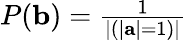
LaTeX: \begin{array}{r}{P(\mathbf{b})=\frac{1}{|(|\mathbf{a}|=1)|}}\end{array}